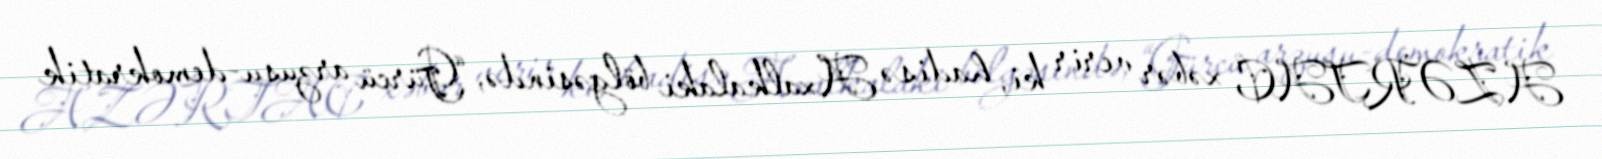
AZƏRTAC xəbər verir ki, hadisə Axalkalaki bölgəsində, “Gürcü arzusu-demokratik